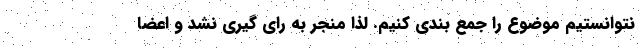
نتوانستیم موضوع را جمع بندی کنیم. لذا منجر به رای گیری نشد و اعضا